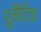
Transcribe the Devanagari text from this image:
रुमैटिक